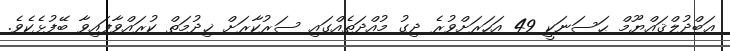
ޢަބްދުލްޤައްޔޫމް ޙަސަނަކީ 49 އަހަރަށްވުރެ ދިގު މުއްދަތެއްގައި ސަރުކާރަށް ޚިދުމަތް ކުރައްވާފައިވާ ބޭފުޅެކެވެ.